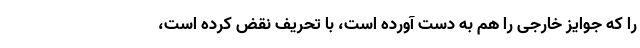
را که جوایز خارجی را هم به دست آورده است، با تحریف نقض کرده است،